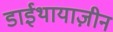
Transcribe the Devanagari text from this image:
डाईथायाज़ीन